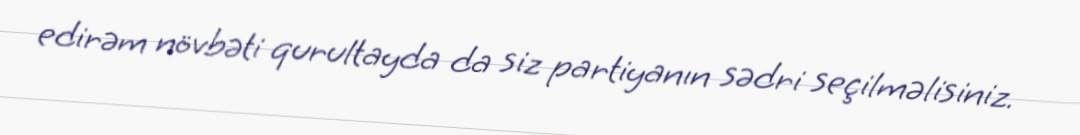
edirəm növbəti qurultayda da siz partiyanın sədri seçilməlisiniz.